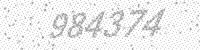
Solution: 984374